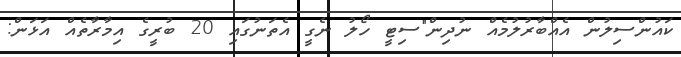
ކައުންސިލުން އެއްބާރުލުމެއް ނުދިން"ސިޓީ ހޯލު ނެގީ އެތަނުގައި 20 ބުރީގެ އިމާރާތެއް އަޅަން: